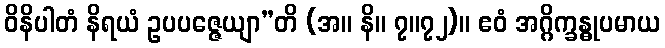
ဝိနိပါတံ နိရယံ ဥပပဇ္ဇေယျာ”တိ (အ။ နိ။ ၇။၇၂)။ ဧဝံ အဂ္ဂိက္ခန္ဓုပမာယ